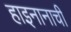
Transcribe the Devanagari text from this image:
हाइनानाची